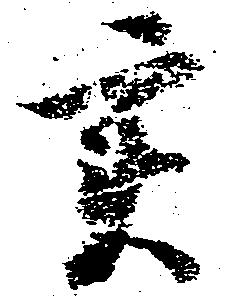
実